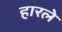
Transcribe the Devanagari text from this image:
हारले